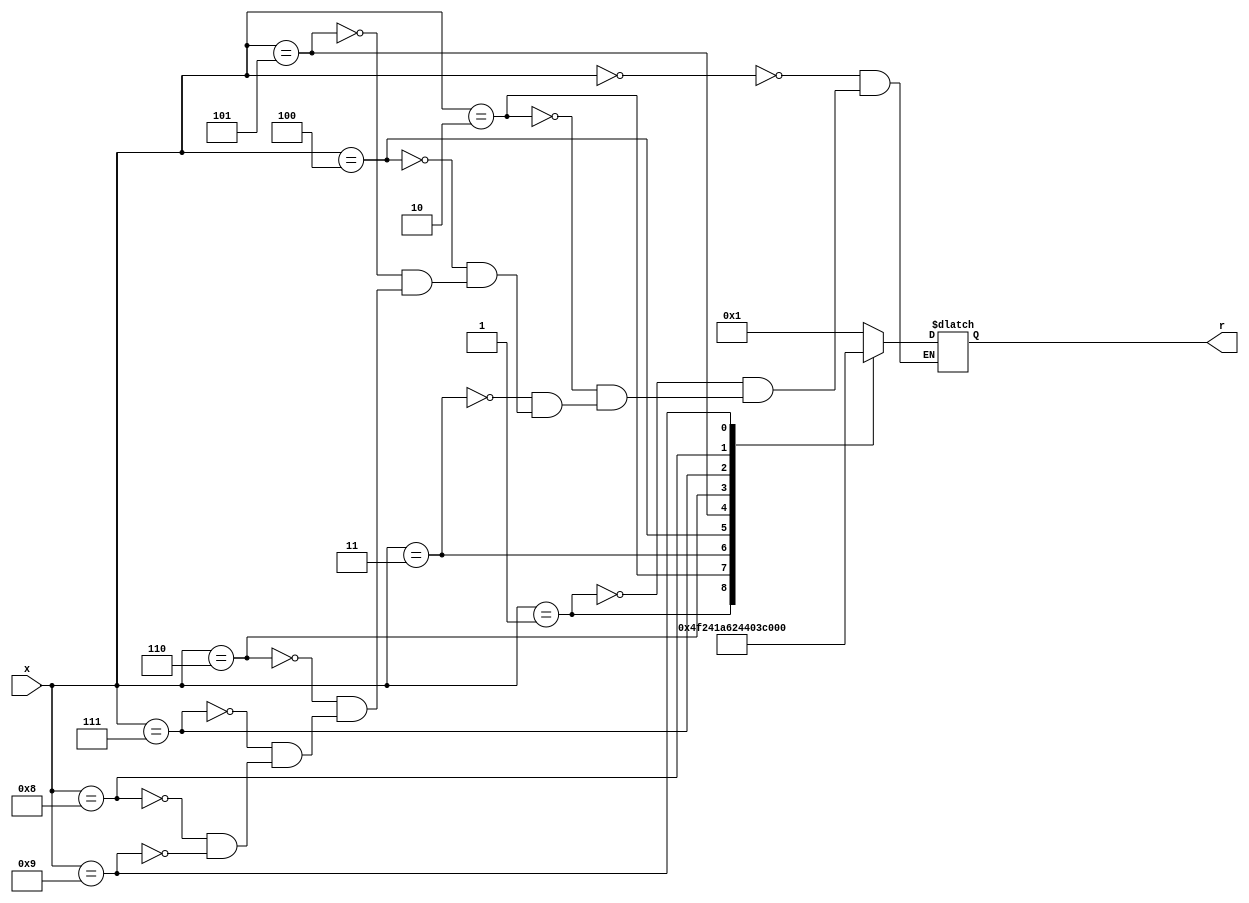
`timescale 1ns / 1ps

module hexto7seg(
input [3:0] x, //we need to make x = each data register
output reg [6:0] r
    );

always @ (*)
        case(x)
        4'b0000 : r = 7'b0000001;
        4'b0001 : r = 7'b1001111;
        4'b0010 : r = 7'b0010010;
        4'b0011 : r = 7'b0000110;
        4'b0100 : r = 7'b1001100;
        4'b0101 : r = 7'b0100100;
        4'b0110 : r = 7'b0100000;
        4'b0111 : r = 7'b0001111;
        4'b1000 : r = 7'b0000000;
        4'b1001 : r = 7'b0000100;
//        4'b1010 : r = 7'b0000100;
//        4'b1011 : r = 7'b0000100;
//        4'b1100 : r = 7'b0000100;
//        4'b1101 : r = 7'b0000100;
//        4'b1110 : r = 7'b0000100;
//        4'b1111 : r = 7'b0000100;
        endcase   
endmodule